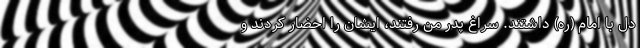
دل با امام (ره) داشتند. سراغ پدر من رفتند، ایشان را احضار کردند و